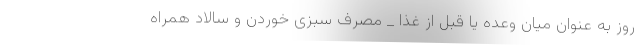
روز به عنوان میان وعده یا قبل از غذا _ مصرف سبزی خوردن و سالاد همراه